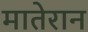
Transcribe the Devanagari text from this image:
मातेरान